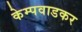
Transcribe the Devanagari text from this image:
केम्पवाडकर